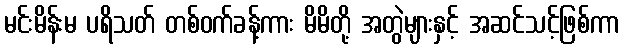
မင်းမိန်းမ ပရိသတ် တစ်ဝက်ခန့်ကား မိမိတို့ အတွဲများနှင့် အဆင်သင့်ဖြစ်ကာ